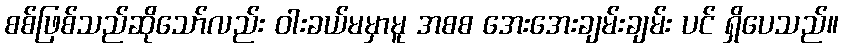
စစ်ဖြစ်သည်ဆိုသော်လည်း ဝါးခယ်မမှာမူ အစစ အေးအေးချမ်းချမ်း ပင် ရှိပေသည်။